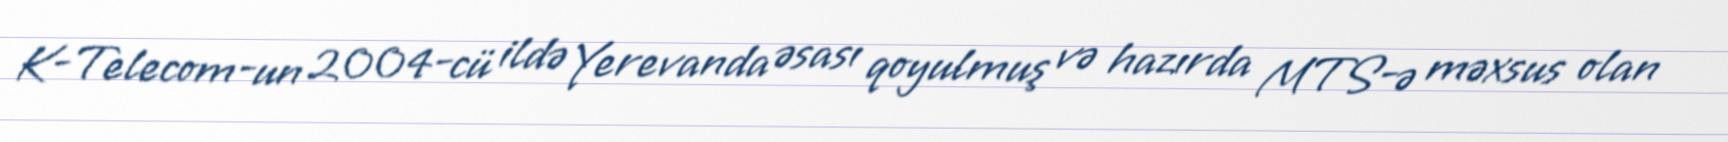
K-Telecom-un 2004-cü ildə Yerevanda əsası qoyulmuş və hazırda MTS-ə məxsus olan